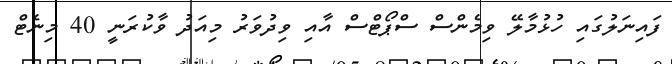
ފައިނަލުގައި ހުޅުމާލޭ ވިމެންސް ސްޕޯޓްސް އާއި ވިދުވަރު މިއަދު ވާކުރަނީ 40 މިނެޓް